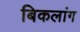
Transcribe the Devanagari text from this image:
बिकलांग